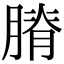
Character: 膌